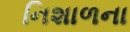
નિશાળના